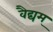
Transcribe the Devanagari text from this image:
वैद्यम्